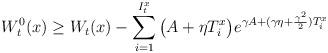
LaTeX: \begin{align*}W^0_t(x)\geq W_t(x)- \sum_{i=1}^{I_t^x}\big(A+\eta T^x_i\big)e^{\gamma A+(\gamma \eta+\frac{\gamma^2}{2}) T^x_i} \end{align*}